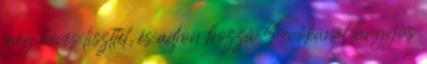
meg kevés liszttel, és adjon hozzá 4 evőkanál langyos